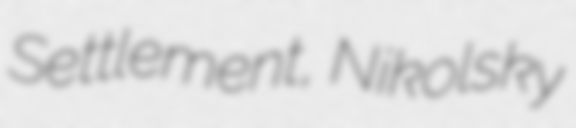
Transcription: Settlement, Nikolsky